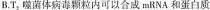
B.T_{2}噬菌体病毒颗粒内可以合成mRNA和蛋白质